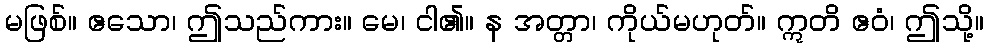
မဖြစ်။ ဧသော၊ ဤသည်ကား။ မေ၊ ငါ၏။ န အတ္တာ၊ ကိုယ်မဟုတ်။ ဣတိ ဧဝံ၊ ဤသို့။